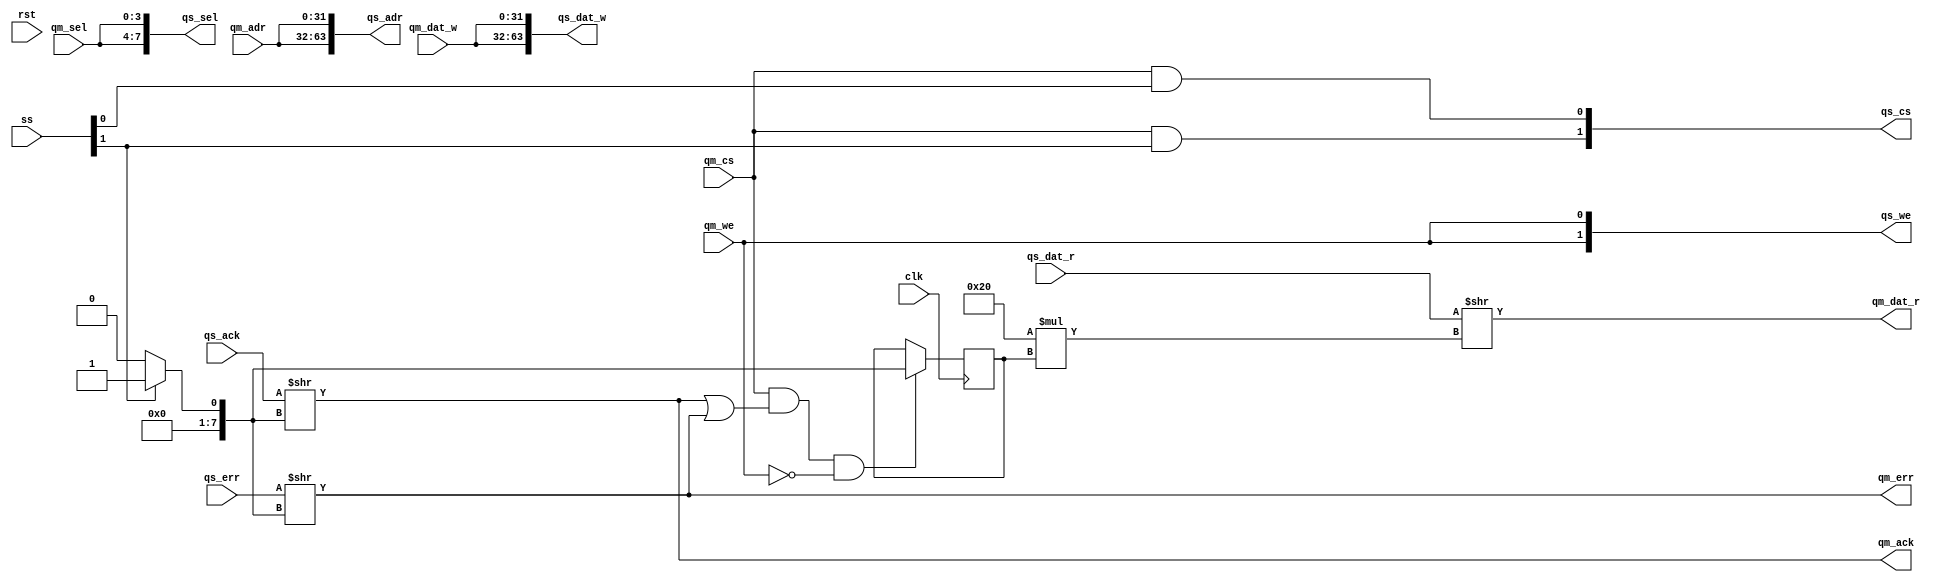
/* qmem_decoder.v */

module qmem_decoder #(
  parameter QAW = 32,     // address width
  parameter QDW = 32,     // data width
  parameter QSW = QDW/8,  // byte select width
  parameter SN  = 2       // number of slaves
)(
  // system
  input  wire              clk,
  input  wire              rst,
  // slave port for requests from masters
  input  wire              qm_cs,
  input  wire              qm_we,
  input  wire    [QAW-1:0] qm_adr,
  input  wire    [QSW-1:0] qm_sel,
  input  wire    [QDW-1:0] qm_dat_w,
  output wire    [QDW-1:0] qm_dat_r,
  output wire              qm_ack,
  output wire              qm_err,
  // master port for requests to a slave
  output wire [SN    -1:0] qs_cs,
  output wire [SN    -1:0] qs_we,
  output wire [SN*QAW-1:0] qs_adr,
  output wire [SN*QSW-1:0] qs_sel,
  output wire [SN*QDW-1:0] qs_dat_w,
  input  wire [SN*QDW-1:0] qs_dat_r,
  input  wire [SN    -1:0] qs_ack,
  input  wire [SN    -1:0] qs_err,
  // one hot slave select signal
  input  wire [SN    -1:0] ss
);


// this code is written for up to 8 slaves
wire [7:0] ss_a;
reg  [7:0] ss_r;

generate if (SN == 1) assign ss_a =                                                         0; endgenerate
generate if (SN == 2) assign ss_a =                                                 ss[1]?1:0; endgenerate
generate if (SN == 3) assign ss_a =                                         ss[2]?2:ss[1]?1:0; endgenerate
generate if (SN == 4) assign ss_a =                                 ss[3]?3:ss[2]?2:ss[1]?1:0; endgenerate
generate if (SN == 5) assign ss_a =                         ss[4]?4:ss[3]?3:ss[2]?2:ss[1]?1:0; endgenerate
generate if (SN == 6) assign ss_a =                 ss[5]?5:ss[4]?4:ss[3]?3:ss[2]?2:ss[1]?1:0; endgenerate
generate if (SN == 7) assign ss_a =         ss[6]?6:ss[5]?5:ss[4]?4:ss[3]?3:ss[2]?2:ss[1]?1:0; endgenerate
generate if (SN == 8) assign ss_a = ss[7]?7:ss[6]?6:ss[5]?5:ss[4]?4:ss[3]?3:ss[2]?2:ss[1]?1:0; endgenerate

always @ (posedge clk)
if (qm_cs & (qm_ack | qm_err) & ~qm_we)  ss_r <= #1 ss_a;

genvar i;

// master port for requests to a slave
generate for (i=0; i<SN; i=i+1) begin : loop_select
  assign qs_cs    [     i                   ] = qm_cs & ss [i];
  assign qs_we    [     i                   ] = qm_we;
  assign qs_adr   [QAW*(i+1)-1:QAW*(i+1)-QAW] = qm_adr;
  assign qs_sel   [QSW*(i+1)-1:QSW*(i+1)-QSW] = qm_sel;
  assign qs_dat_w [QDW*(i+1)-1:QDW*(i+1)-QDW] = qm_dat_w;
end endgenerate

// slave port for requests from masters
assign qm_dat_r = qs_dat_r >> (QDW*ss_r);
assign qm_ack   = qs_ack   >>      ss_a ;
assign qm_err   = qs_err   >>      ss_a ;


endmodule